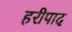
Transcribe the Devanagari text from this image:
हरीपाद